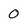
Character: 0